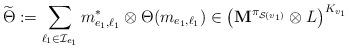
LaTeX: \begin{align*}\widetilde{\Theta}:=\sum_{\ell_1\in\mathcal{I}_{e_1}}m_{e_1,\ell_1}^*\otimes\Theta(m_{e_1,\ell_1})\in \bigl(\mathbf{M}^{\pi_{\mathcal{S}(v_1)}}\otimes L\bigr)^{K_{v_1}}\end{align*}